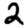
Digit: 2